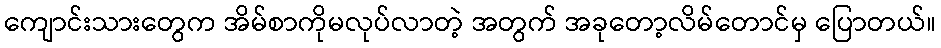
ကျောင်းသားတွေက အိမ်စာကိုမလုပ်လာတဲ့ အတွက် အခုတော့လိမ်တောင်မှ ပြောတယ်။